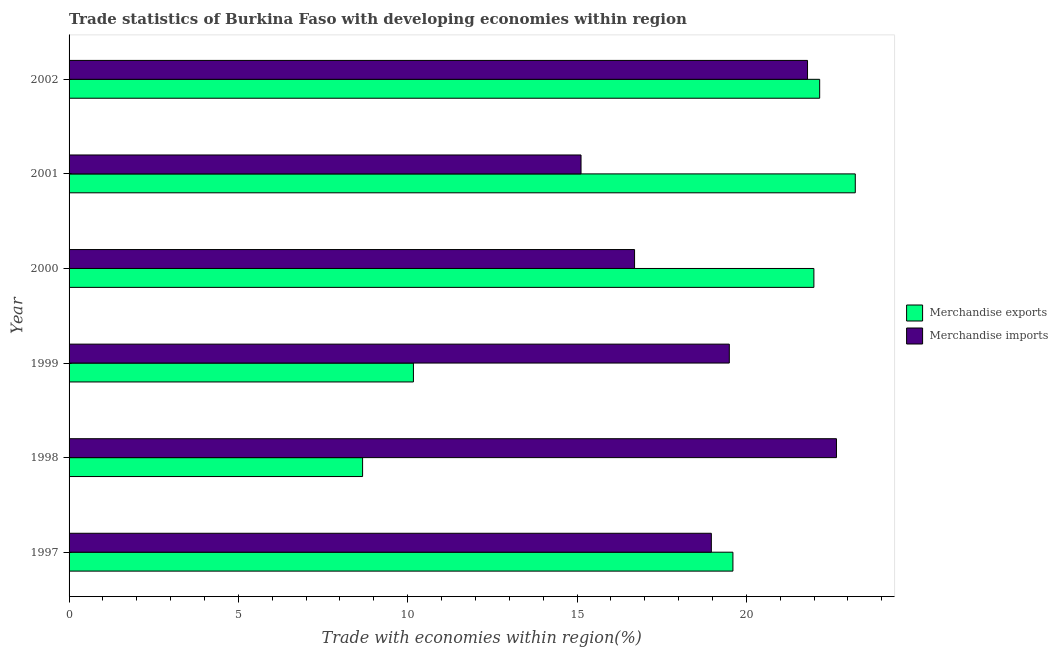
| Year | Merchandise exports | Merchandise imports |
 | --- | --- | --- |
 | 1997 | 19.6 | 19 |
 | 1998 | 8.67 | 22.7 |
 | 1999 | 10.2 | 19.5 |
 | 2000 | 22 | 16.7 |
 | 2001 | 23.2 | 15.1 |
 | 2002 | 22.2 | 21.8 |